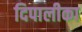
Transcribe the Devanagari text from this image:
दिपालीका